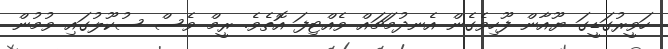
ހަވީރުގަޑީގަ ޔޫއާން ފޫހިވެގެން އެނދުމަޗައް ވެއްޓިފަ އޮތެވެ. ރީމް ވެސް ސުކޫލުގައި ވުމުން